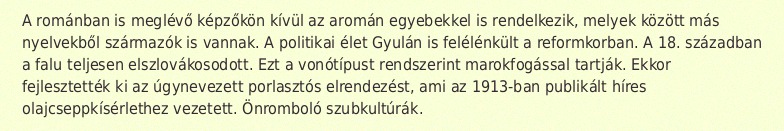
A románban is meglévő képzőkön kívül az aromán egyebekkel is rendelkezik, melyek között más nyelvekből származók is vannak. A politikai élet Gyulán is felélénkült a reformkorban. A 18. században a falu teljesen elszlovákosodott. Ezt a vonótípust rendszerint marokfogással tartják. Ekkor fejlesztették ki az úgynevezett porlasztós elrendezést, ami az 1913-ban publikált híres olajcseppkísérlethez vezetett. Önromboló szubkultúrák.